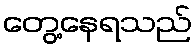
တွေ့နေရသည်